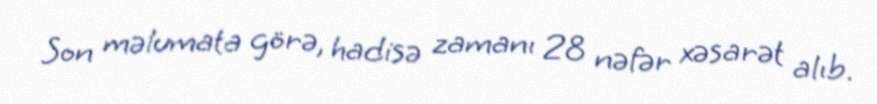
Son məlumata görə, hadisə zamanı 28 nəfər xəsarət alıb.